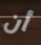
أن